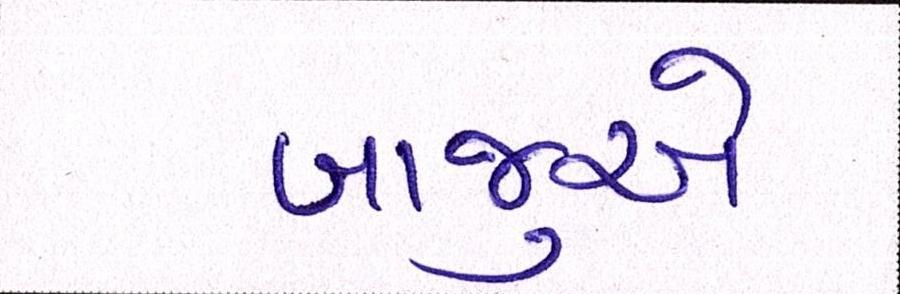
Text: બાજુએ